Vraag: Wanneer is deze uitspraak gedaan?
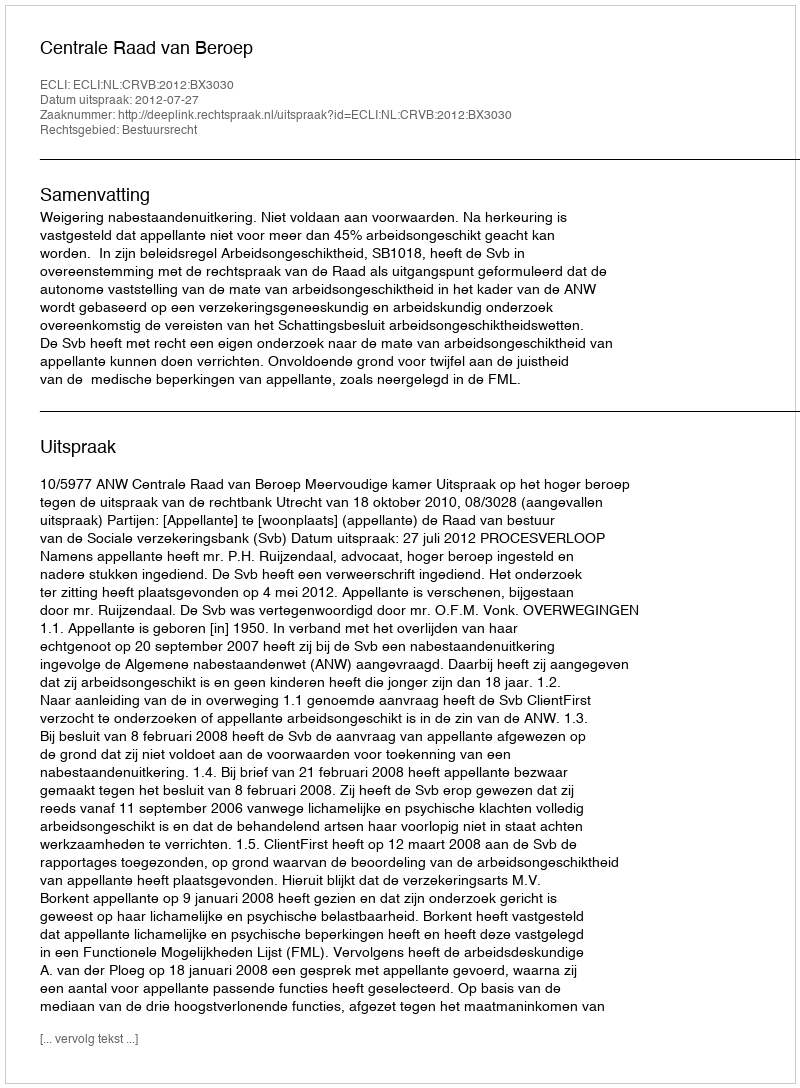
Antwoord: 2012-07-27